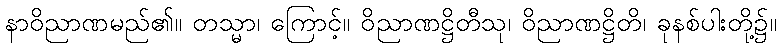
နာဝိညာဏမည်၏။ တသ္မာ၊ ကြောင့်။ ဝိညာဏဋ္ဌိတီသု၊ ဝိညာဏဋ္ဌိတိ၊ ခုနစ်ပါးတို့၌။